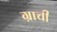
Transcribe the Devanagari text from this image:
ग्राची